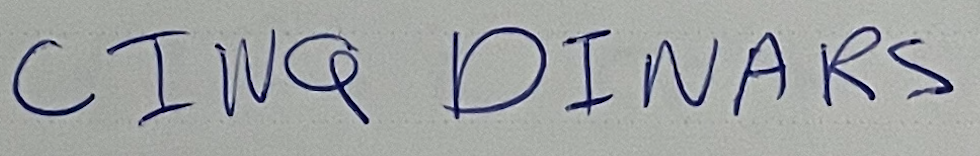
CINQ DINARS